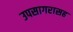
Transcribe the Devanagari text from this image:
उपसागरासह